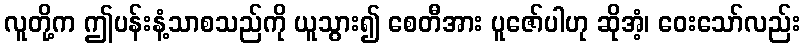
လူတို့က ဤပန်းနံ့သာစသည်ကို ယူသွား၍ စေတီအား ပူဇော်ပါဟု ဆိုအံ့၊ ဝေးသော်လည်း